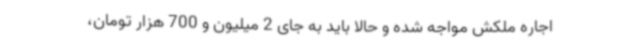
اجاره ملکش مواجه شده و حالا باید به جای 2 میلیون و 700 هزار تومان،